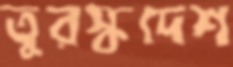
তুরস্কদেশ